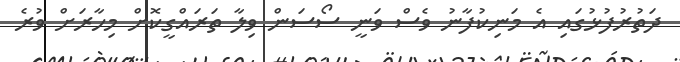
ދަތުރުފުޅުގައި އެ މަނިކުފާނު ވެސް ވަނީ ސޯސަން ވިލާ ތަރައްގީކޮށް މިހާރަށް ވުރެ